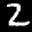
Label: 2